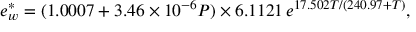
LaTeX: e _ { w } ^ { * } = ( 1 . 0 0 0 7 + 3 . 4 6 \times 1 0 ^ { - 6 } P ) \times 6 . 1 1 2 1 \, e ^ { 1 7 . 5 0 2 T / ( 2 4 0 . 9 7 + T ) } ,